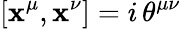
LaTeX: [\mathbf{x}^{\mu},\mathbf{x}^{\nu}]=i\, \theta^{\mu\nu}